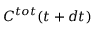
C ^ { t o t } ( t + d t )